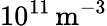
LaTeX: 10^{11}\, \mathrm m^{-3}